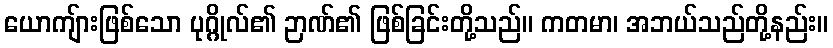
ယောကျ်ားဖြစ်သော ပုဂ္ဂိုလ်၏ ဉာဏ်၏ ဖြစ်ခြင်းတို့သည်။ ကတမာ၊ အဘယ်သည်တို့နည်း။